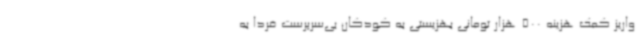
واریز کمک هزینه 500 هزار تومانی بهزیستی به کودکان بی‌سرپرست فردا به